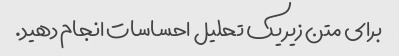
برای متن زیر یک تحلیل احساسات انجام دهید.